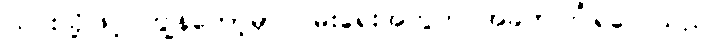
ယင်းသို့ဖြင့် ကျွန်တော့်မှာ ဝမ်းရေးအတွက် အခက်ကြုံရလေသည်။